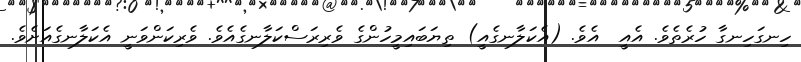
ހިނގަހިނގާ ހުރެތެވެ. އެއީ  އެވެ. (އެކަލާނގެއީ) ތިޔަބައިމީހުންގެ ވެރިރަސްކަލާނގެއެވެ. ވެރިކަންވަނީ އެކަލާނގެއަށެވެ.